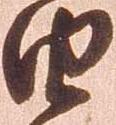
由